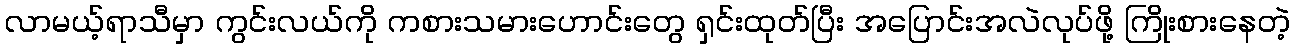
လာမယ့်ရာသီမှာ ကွင်းလယ်ကို ကစားသမားဟောင်းတွေ ရှင်းထုတ်ပြီး အပြောင်းအလဲလုပ်ဖို့ ကြိုးစားနေတဲ့